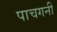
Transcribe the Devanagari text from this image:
पाचगनी